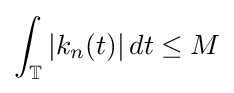
\int _{\mathbb {T} }|k_{n}(t)|\,dt\leq M